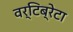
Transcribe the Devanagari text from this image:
वर्टिब्रेटा